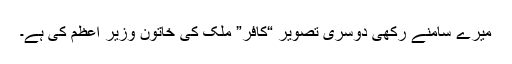
میرے سامنے رکھی دوسری تصویر “کافر” ملک کی خاتون وزیر اعظم کی ہے۔